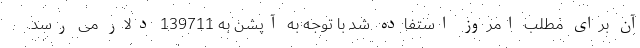
آن برای مطلب امروز استفاده شد با توجه به آپشن به 139711 دلار می رسد.